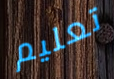
تعليم